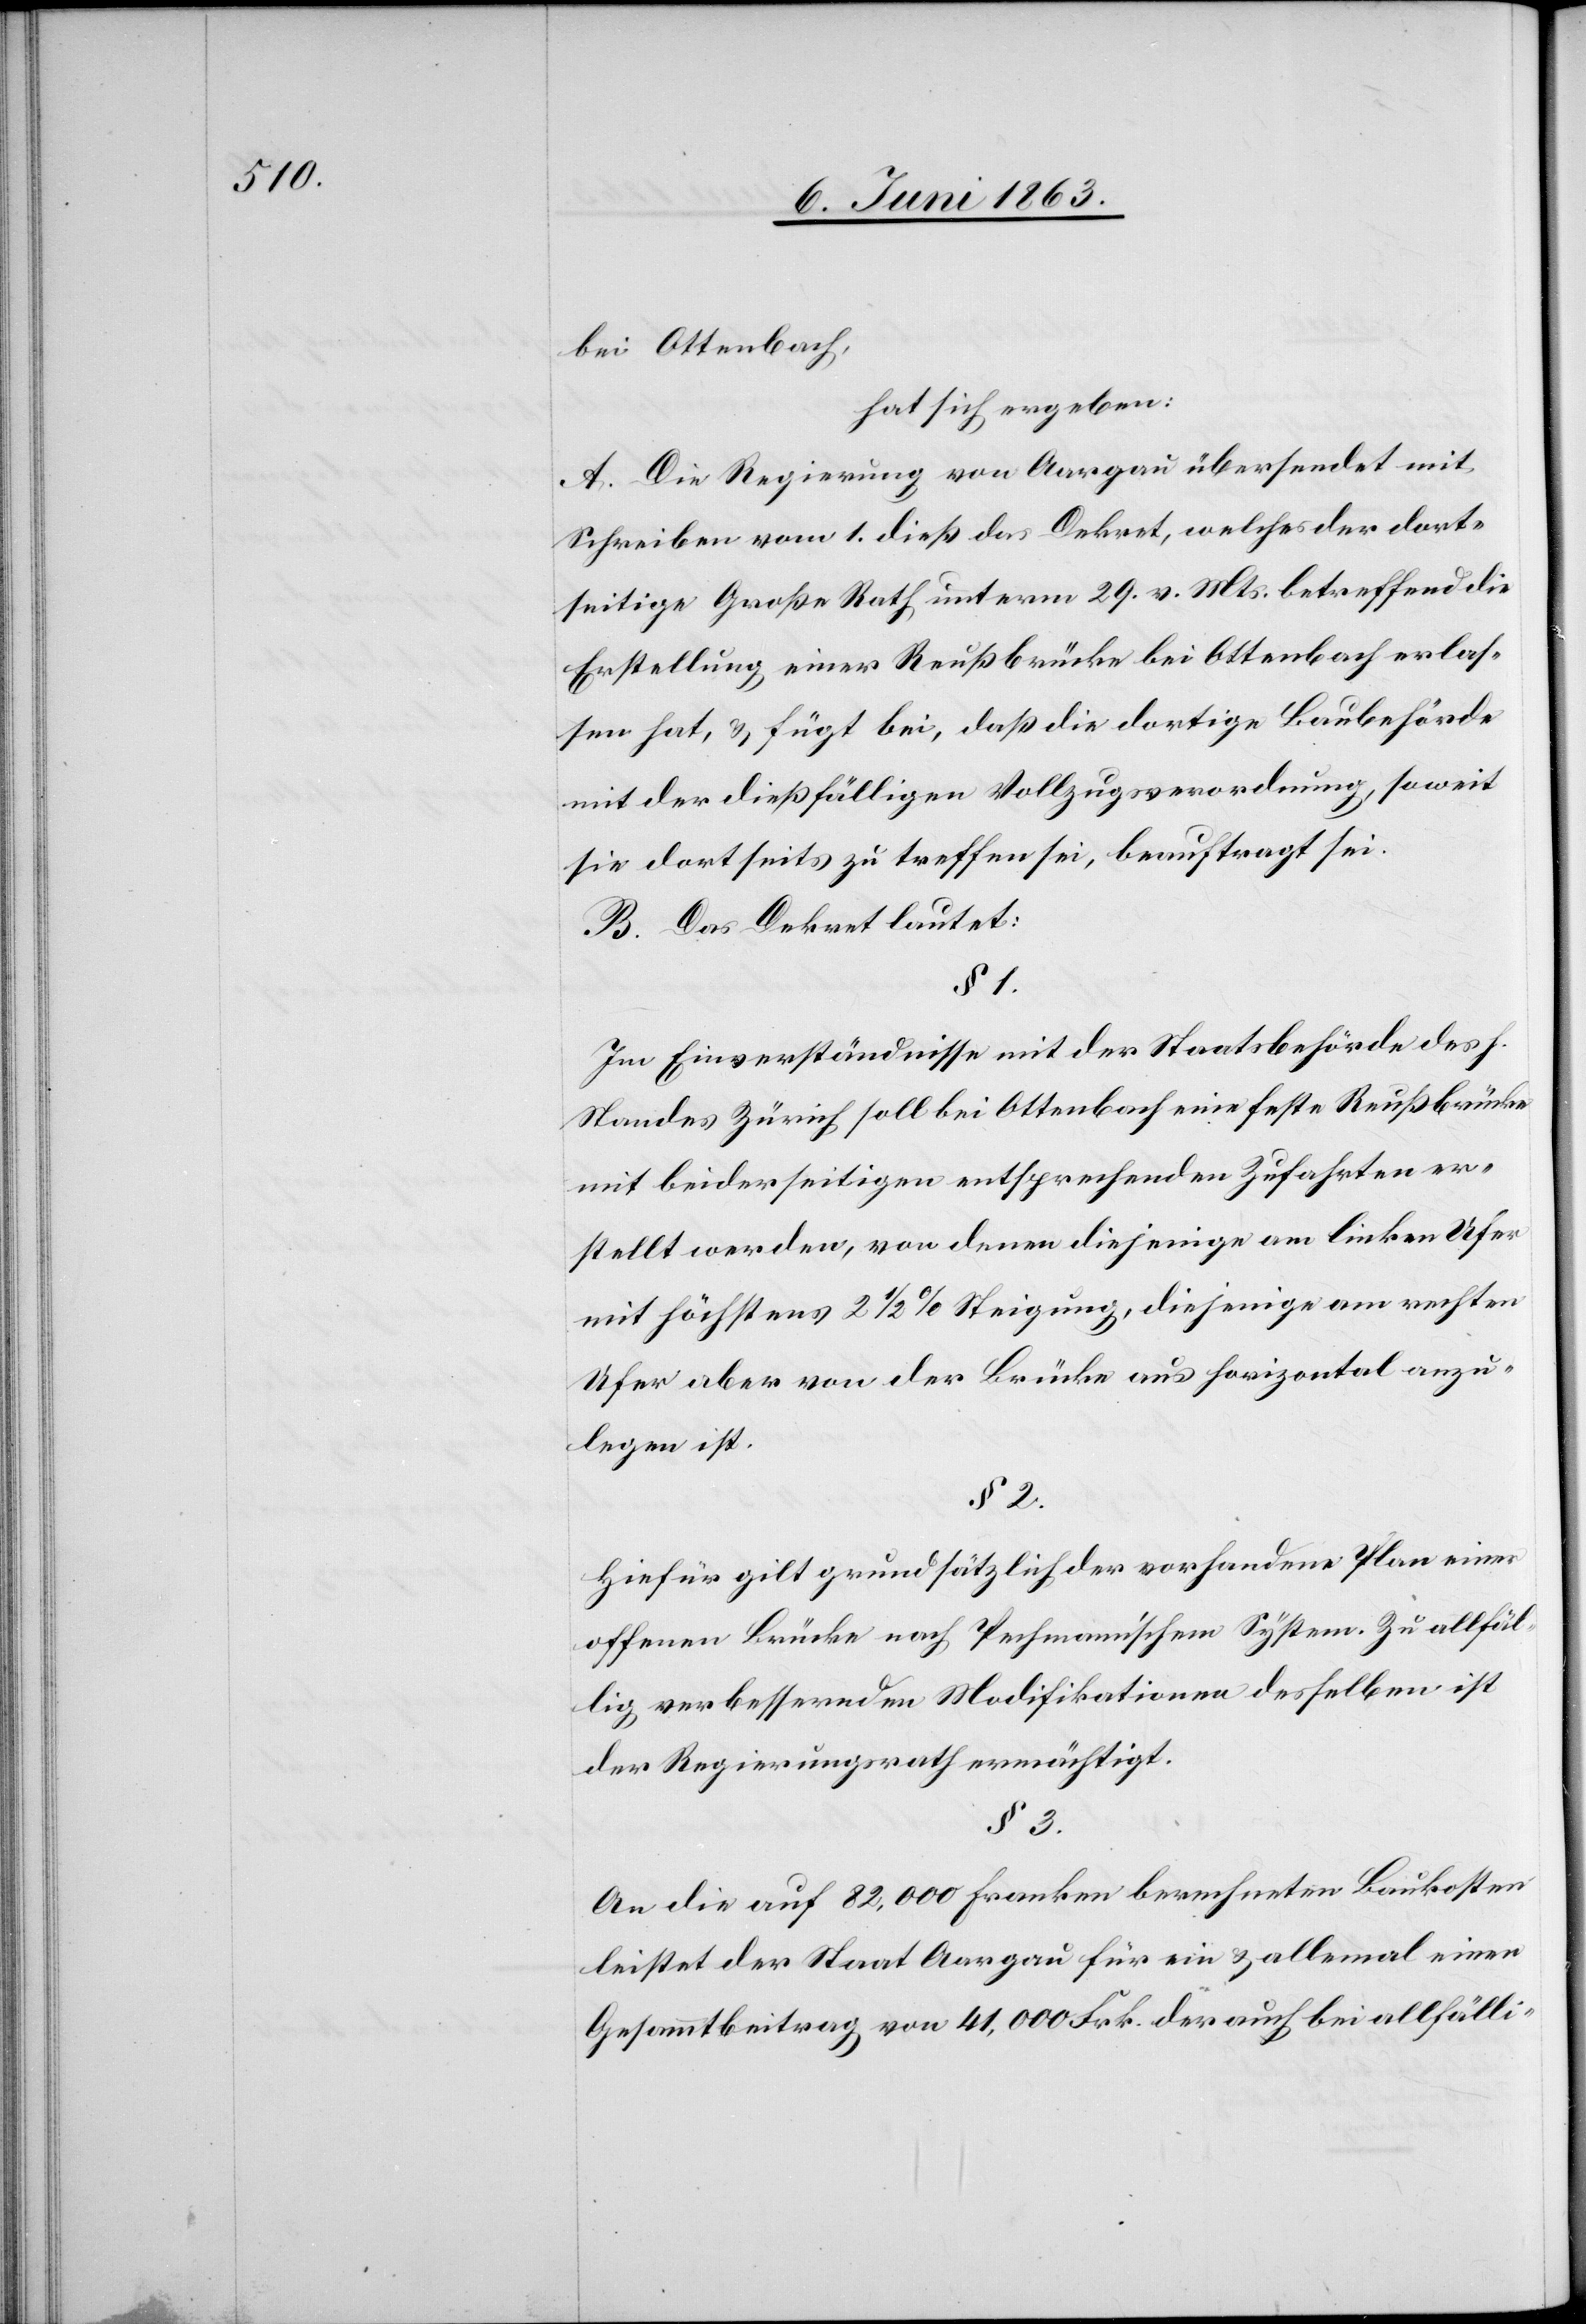
bei Ottenbach,
hat sich ergeben:
A. Die Regierung von Aargau übersendet mit
Schreiben vom 1. dieß das Dekret, welches der dort¬
seitige Große Rath unterm 29. v. Mts. betreffend die
Erstellung einer Reußbrücke bei Ottenbach erlas¬
sen hat, & fügt bei, daß die dortige Baubehörde
mit der dießfälligen Vollzugsverordnung, soweit
sie dortseits zu treffen sei, beauftragt sei.
B. Das Dekret lautet:
§ 1.
Im Einverständnisse mit der Staatsbehörde des h.
Standes Zürich soll bei Ottenbach eine feste Reußbrücke
mit beiderseitigen entsprechenden Zufahrten er¬
stellt werden, von denen diejenige am linken Ufer
mit höchstens 2 1/2 % Steigung, diejenige am rechten
Ufer aber von der Brücke aus horizontal anzu¬
legen ist.
§ 2.
Hiefür gilt grundsätzlich der vorhandene Plan einer
offenen Brücke nach Pechmann'schem System. Zu allfäl¬
lig verbessernden Modifikationen desselben ist
der Regierungsrath ermächtigt.
§ 3.
An die auf 82,000 Franken berechneten Baukosten
leistet der Staat Aargau für ein & allemal einen
Gesammtbeitrag von 41,000 Frk. der auch bei allfälli-